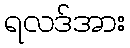
ရလဒ်အား